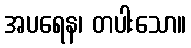
အပရေန၊ တပါးသော။